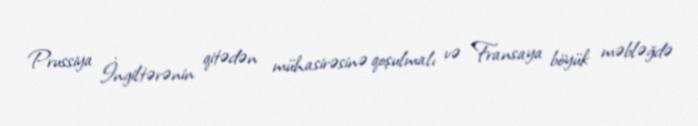
Prussiya İngiltərənin qitədən mühasirəsinə qoşulmalı və Fransaya böyük məbləğdə